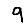
Digit: 9